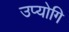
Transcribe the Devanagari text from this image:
उप्योगि